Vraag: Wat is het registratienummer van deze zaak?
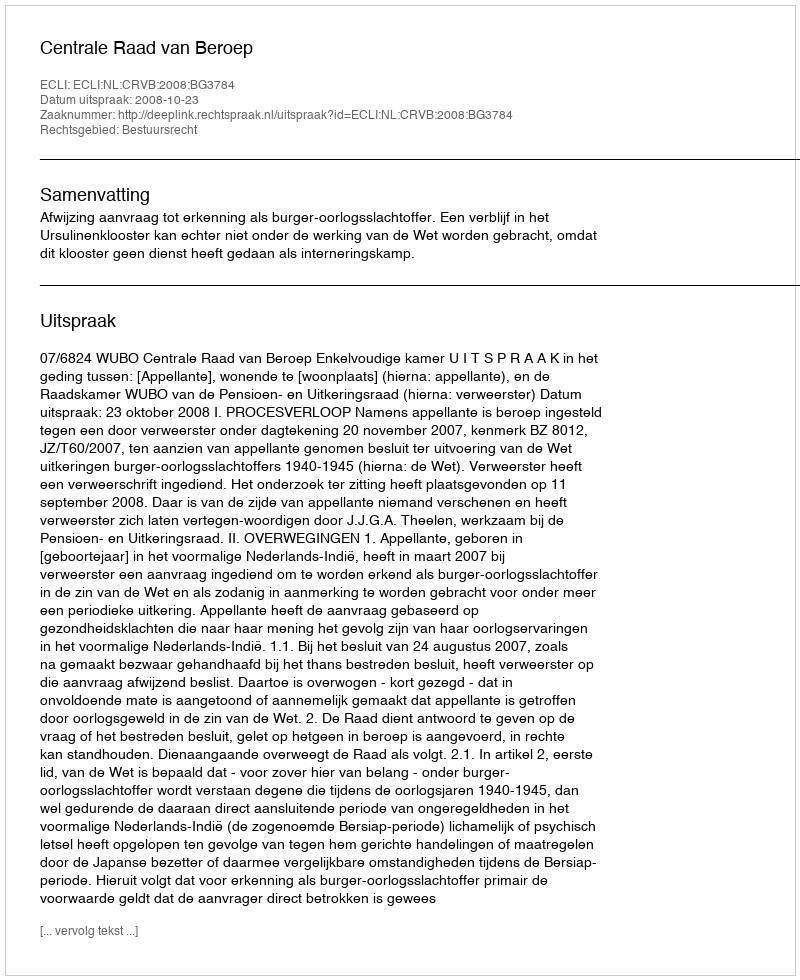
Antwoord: http://deeplink.rechtspraak.nl/uitspraak?id=ECLI:NL:CRVB:2008:BG3784